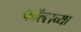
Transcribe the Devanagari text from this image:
फॉल्सच्या